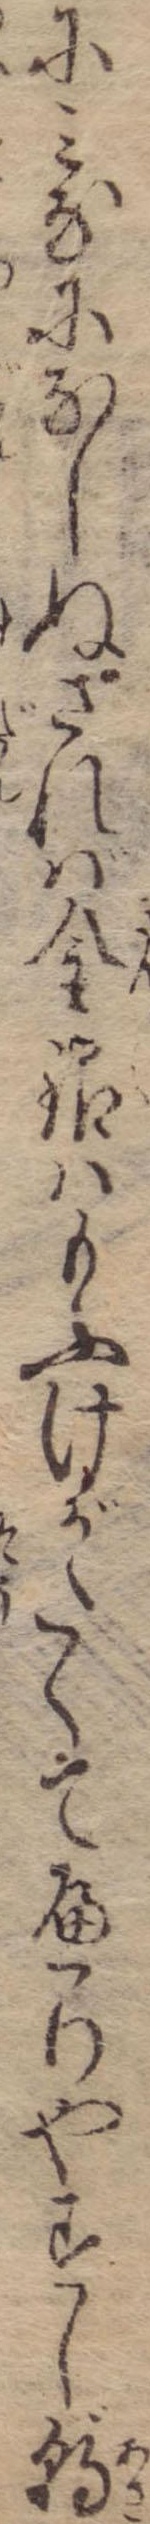
にみなになしぬされば金銀はもふけがたくてへりやすし朝